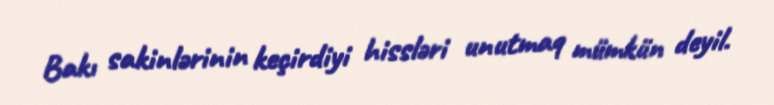
Bakı sakinlərinin keçirdiyi hissləri unutmaq mümkün deyil.